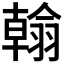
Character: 𦒋